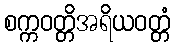
စက္ကဝတ္တိအရိယဝတ္တံ